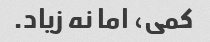
کمی، اما نه زیاد.